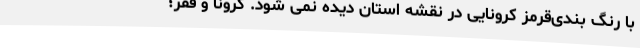
با رنگ بندی‌قرمز کرونایی در نقشه استان دیده نمی شود. کرونا و فقر؛